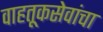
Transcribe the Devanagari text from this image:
वाहतूकसेवांचा